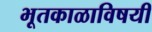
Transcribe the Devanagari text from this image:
भूतकाळाविषयी